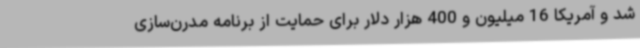
شد و آمریکا 16 میلیون و 400 هزار دلار برای حمایت از برنامه مدرن‌سازی